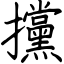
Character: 攩